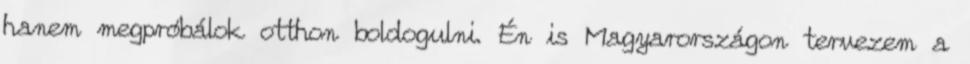
hanem megpróbálok otthon boldogulni. Én is Magyarországon tervezem a